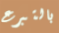
بالتبرع